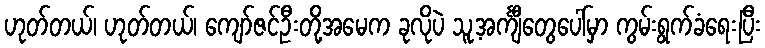
ဟုတ်တယ်၊ ဟုတ်တယ်၊ ကျော်ဇင်ဦးတို့အမေက ခုလိုပဲ သူ့အင်္ကျီတွေပေါ်မှာ ကွမ်းရွက်ခံရေးပြီး